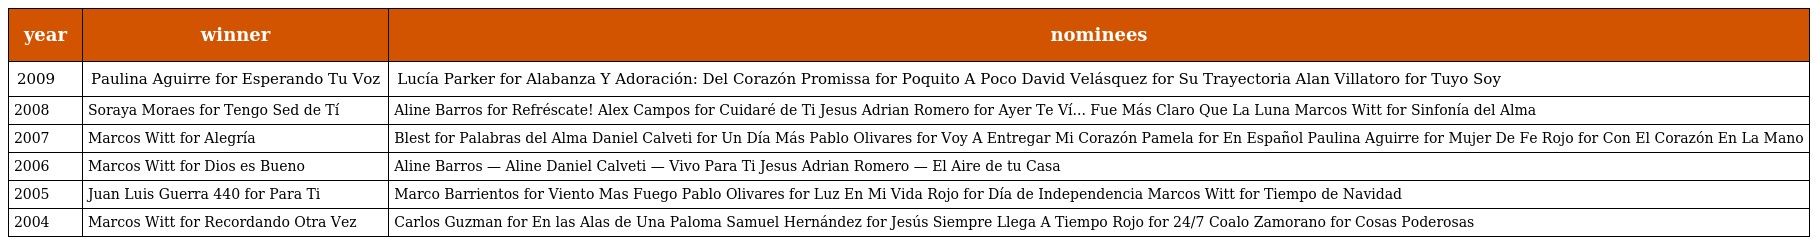
| year | winner | nominees |
 | --- | --- | --- |
 | 2009 | Paulina Aguirre for Esperando Tu Voz | Lucía Parker for Alabanza Y Adoración: Del Corazón Promissa for Poquito A Poco David Velásquez for Su Trayectoria Alan Villatoro for Tuyo Soy |
 | 2008 | Soraya Moraes for Tengo Sed de Tí | Aline Barros for Refréscate! Alex Campos for Cuidaré de Ti Jesus Adrian Romero for Ayer Te Ví... Fue Más Claro Que La Luna Marcos Witt for Sinfonía del Alma |
 | 2007 | Marcos Witt for Alegría | Blest for Palabras del Alma Daniel Calveti for Un Día Más Pablo Olivares for Voy A Entregar Mi Corazón Pamela for En Español Paulina Aguirre for Mujer De Fe Rojo for Con El Corazón En La Mano |
 | 2006 | Marcos Witt for Dios es Bueno | Aline Barros — Aline Daniel Calveti — Vivo Para Ti Jesus Adrian Romero — El Aire de tu Casa |
 | 2005 | Juan Luis Guerra 440 for Para Ti | Marco Barrientos for Viento Mas Fuego Pablo Olivares for Luz En Mi Vida Rojo for Día de Independencia Marcos Witt for Tiempo de Navidad |
 | 2004 | Marcos Witt for Recordando Otra Vez | Carlos Guzman for En las Alas de Una Paloma Samuel Hernández for Jesús Siempre Llega A Tiempo Rojo for 24/7 Coalo Zamorano for Cosas Poderosas |